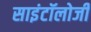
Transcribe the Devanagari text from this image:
साइंटॉलोजी